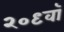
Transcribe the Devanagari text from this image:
२०९वॉ